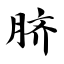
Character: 脐